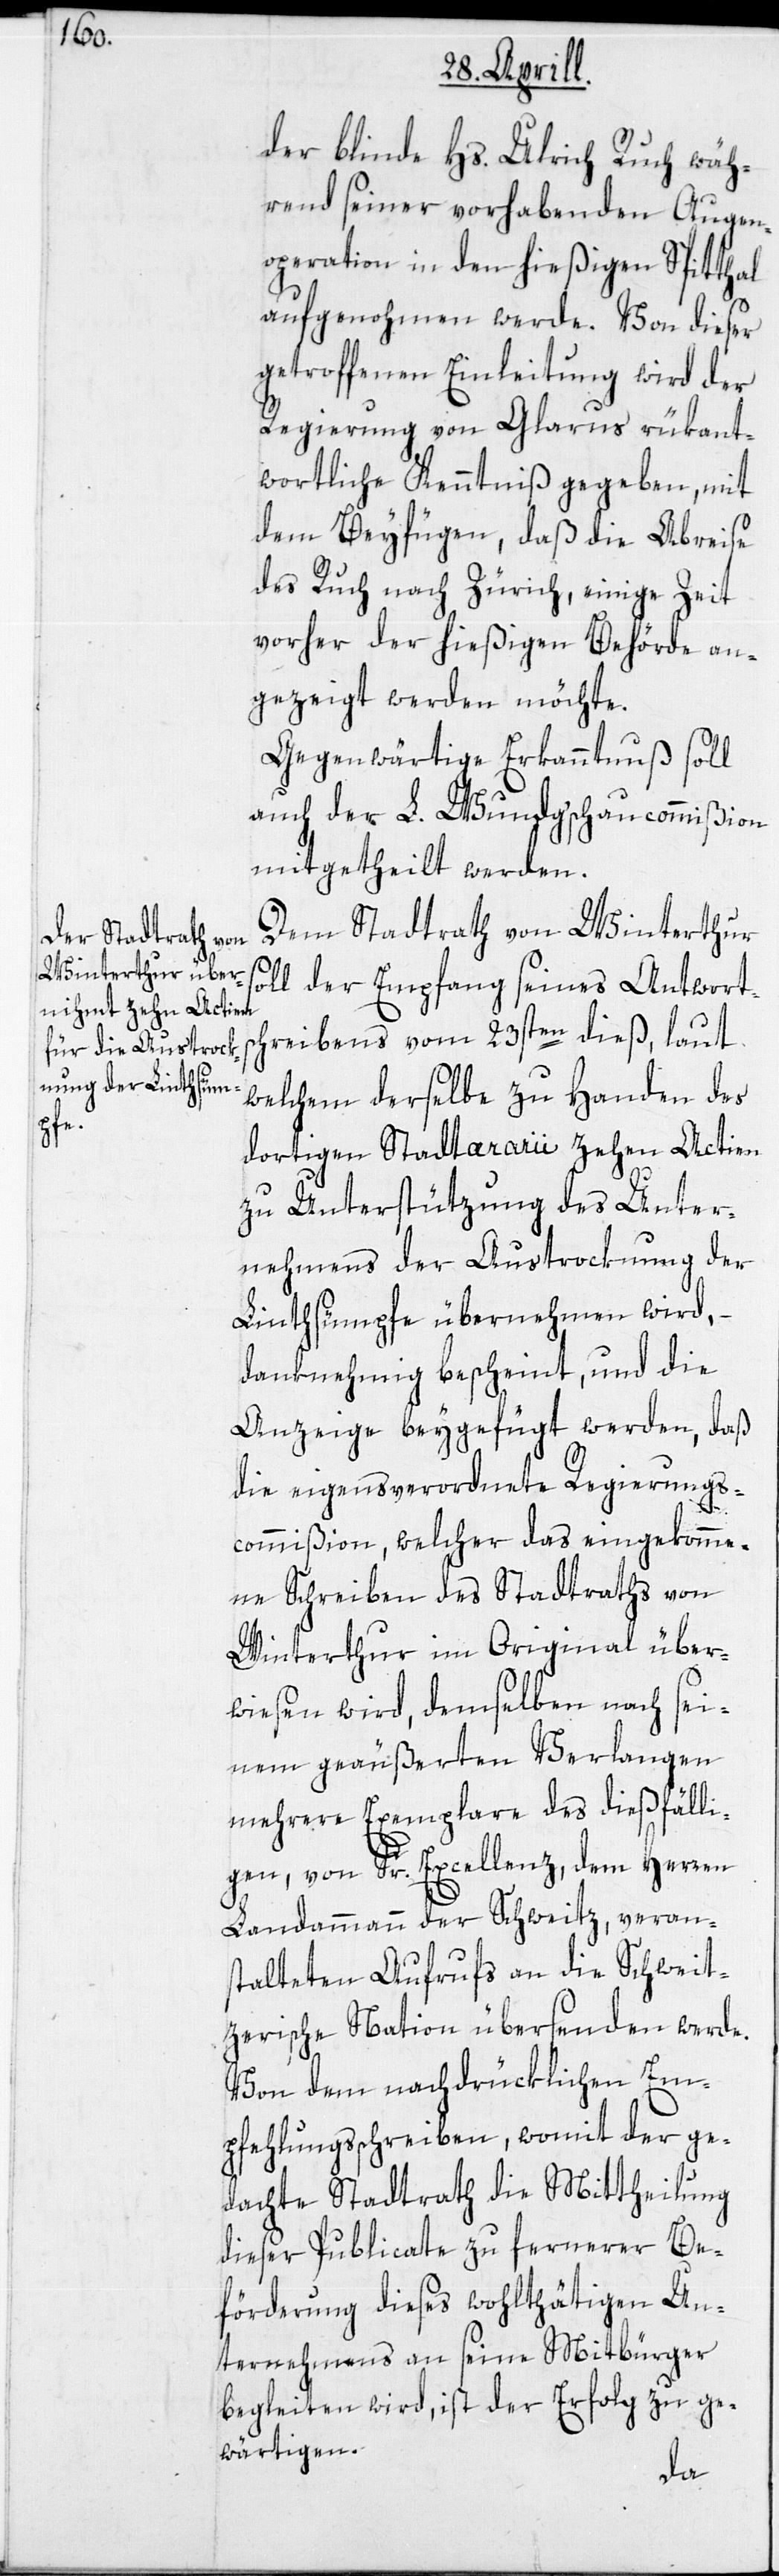
der blinde Hs. Ulrich Ruch wäh¬
rend seiner vorhabenden Augen¬
operation in den hießigen Spitthal
aufgenohmen werde. Von dieser
getroffenen Einleitung wird der
Regierung von Glarus rükant¬
wortliche Kenntniß gegeben, mit
dem Beyfügen, daß die Abreise
des Ruch nach Zürich, einige Zeit
vorher der hießigen Behörde an¬
gezeigt werden möchte.
Gegenwärtige Erkanntnuß soll
auch der L. Wundgschaucommißion
mitgetheilt werden.
Dem Stadtrath von Winterthur
oll der Empfang seines Antworts¬
chreibens vom 23sten dieß, laut
welchem derselbe zu Handen des
dortigen Stadtararii zehen Actien
zu Unterstützung des Unter¬
nehmens der Austrocknung der
Linthsümpfe übernehmen wird,
danknehmig bescheint, und die
Anzeige beygefügt werden, daß
die eigensverordnete Regierungs¬
s¬
commißion, welcher das eingekomme¬
ne Schreiben des Stadtraths von
Winterthur im Original über¬
wiesen wird, demselben nach sei¬
nem geäußerten Verlangen
mehrere Exemplare des dießfälli¬
gen, von Sr. Excellenz, dem Herren
Landammann der Schweitz, veran¬
stalteten Aufrufs an die Schweit¬
zerische Nation übersenden werde.
Von dem nachdrücklichen Em¬
pfehlungsschreiben, womit der ge¬
dachte Stadtrath die Mittheilung
dieser Publicate zu fernerer Be¬
förderung dieses wohlthätigen Un¬
ternehmens an seine Mitbürger
begleiten wird, ist der Erfolg zu ge¬
wärtigen.